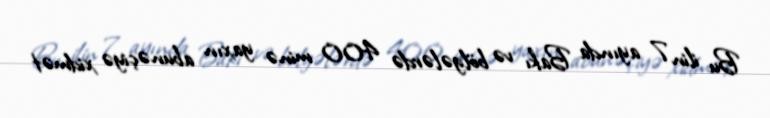
Bu ilin 7 ayında Bakı və bölgələrdə 400 minə yaxın abunəçiyə xidmət